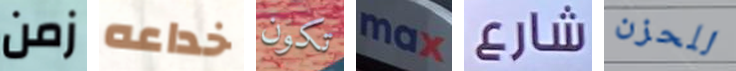
زمن خداعه تكون max شارع للحزن